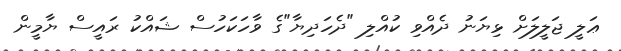
ޢަލީ ޖަލީލަށް ޅިޔަނު ދެއްވި ކުއްލި "ދެހަދިޔާ"ގެ ވާހަކަހުސް ޝައްކު ރައީސް ޔާމީން